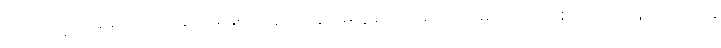
ပါဝင်ခဲ့တဲ့ ဒရမ်မာသင်တန်းတစ်ခုက သူ့ကို လွှမ်းမိုးမှုရှိခဲ့တာကြောင့် မင်းသားတစ်ယောက်ဖြစ်လို့လည်း